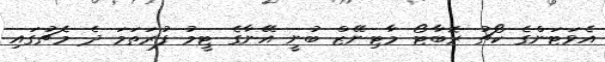
އެވަޓަންގެ ކޯޗު ރޮބާޓޯ މާޓިނޭޒް ބުނީ އޭނާގެ ޓީމު ފުރަތަމަ ދެ މެޗުގައި